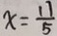
x = \frac { 1 1 } { 5 }